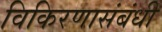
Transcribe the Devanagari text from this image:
विकिरणासंबंधी